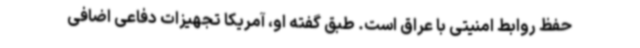
حفظ روابط امنیتی با عراق است. طبق گفته او، آمریکا تجهیزات دفاعی اضافی